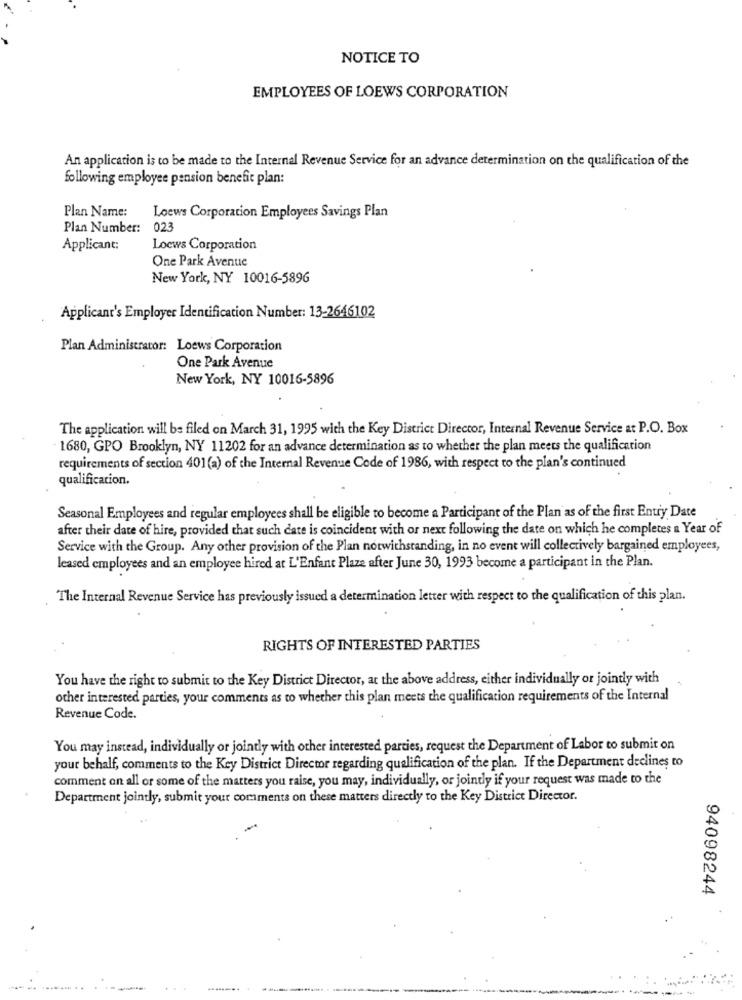
NOTICE TO
EMPLOYEES OF LOEWS CORPORATION
An application is to be made to the Internal Revenue Service for an advance determination on the qualification of the
following employee pension benefit plan:
Plan Name:
Loews Corporation Employees Savings Plan
Plan Number: 023
Applicant:
Loews Corporation
One Park Avenue
New York, NY 10016-5896
Applicant's Employer Identification Number: 13-2646102
Plan Administrator: Loews Corporation
One Park Avenue
New York, NY 10016-5896
The application will be filed on March 31, 1995 with the Key District Director, Internal Revenue Service at P.O. Box
- 1680, GPO Brooklyn, NY 11202 for an advance determination as to whether the plan meets the qualification
requirements of section 401 (a) of the Internal Revenue Code of 1986, with respect to the plan's continued
qualification.
Seasonal Employees and regular employees shall be eligible to become a Participant of the Plan as of the first Entry Date
after their date of hire, provided that such date is coincident with or next following the date on which he completes a Year of
Service with the Group. Any other provision of the Plan notwithstanding, in no event will collectively bargained employees,
leased employees and an employee hired at L'Enfant Plaze after June 30, 1993 become a participant in the Plan.
The Internal Revenue Service has previously issued a determination letter with respect to the qualification of this plan.
RIGHTS OF INTERESTED PARTIES
You have the right to submit to the Key District Director, at the above address, either individually or jointly with
other interested parties, your comments as to whether this plan meets the qualification requirements of the Internal
Revenue Code.
You may instead, individually or jointly with other interested parties, request the Department of Labor to submit on
your behalf, comments to the Key District Director regarding qualification of the plan. If the Department declines to
comment on all or some of the matters you raise, you may, individually, or jointly if your request was made to the
Department jointly, submit your comments on these matters directly to the Key District Director.
94098244